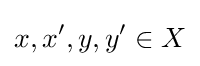
x,x^{\prime },y,y^{\prime }\in X